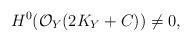
LaTeX: \begin{align*}H^0(\mathcal{O}_Y(2K_Y+C))\not= 0,\end{align*}